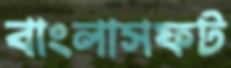
বাংলাসফট